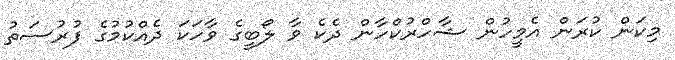
މިކަން ކުރަން އެމީހުން ޝާހްރުކްހާން ދެކެ ވާ ލޯބީގެ ވާހަކަ ދެއްކުމުގެ ފުރުސަތު